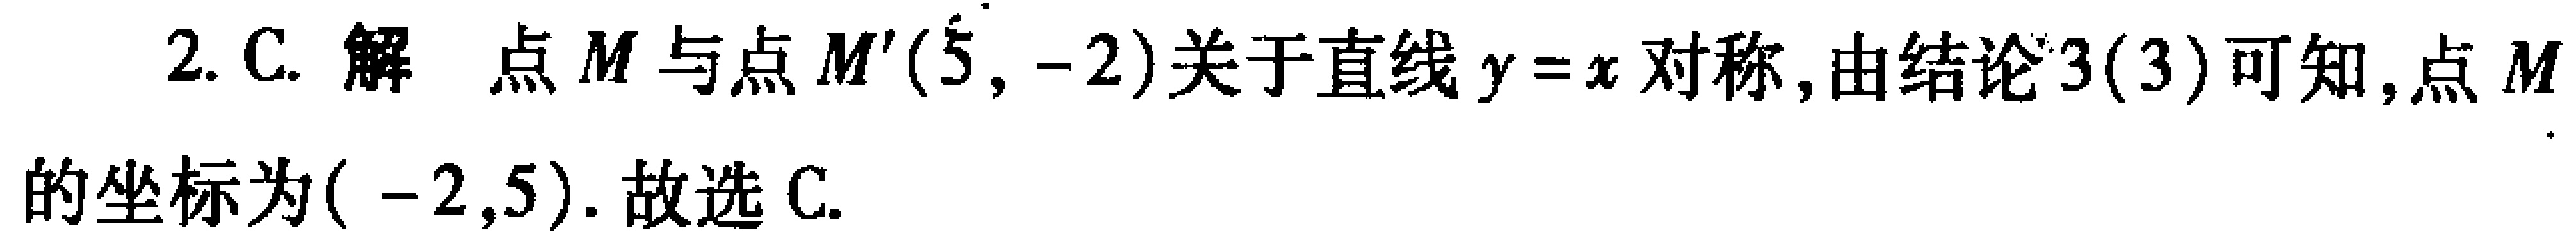
2. C. 解 点\(M\)与点\(M'(5, -2)\)关于直线\(y = x\)对称, 由结论\(3(3)\)可知,点\(M\)的坐标为\(( -2,5)\). 故选 C.